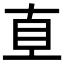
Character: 𰥑